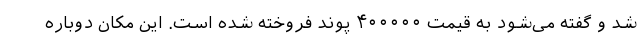
شد و گفته می‌شود به قیمت ۴۰۰۰۰۰ پوند فروخته شده است. این مکان دوباره